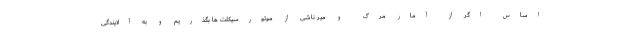
اساس اگر از آمار مرگ و میر ناشی از موتورسیکلت ها بگذریم و به آلایندگی